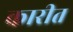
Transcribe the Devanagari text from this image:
कारीत